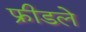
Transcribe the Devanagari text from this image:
फ्रीडले